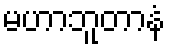
မဟာဘူတာနံ